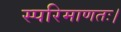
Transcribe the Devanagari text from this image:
स्परिमाणतः।